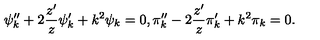
\psi _ { k } ^ { \prime \prime } + 2 \frac { z ^ { \prime } } { z } \psi _ { k } ^ { \prime } + k ^ { 2 } \psi _ { k } = 0 , \pi _ { k } ^ { \prime \prime } - 2 \frac { z ^ { \prime } } { z } \pi _ { k } ^ { \prime } + k ^ { 2 } \pi _ { k } = 0 .